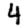
Digit: 4